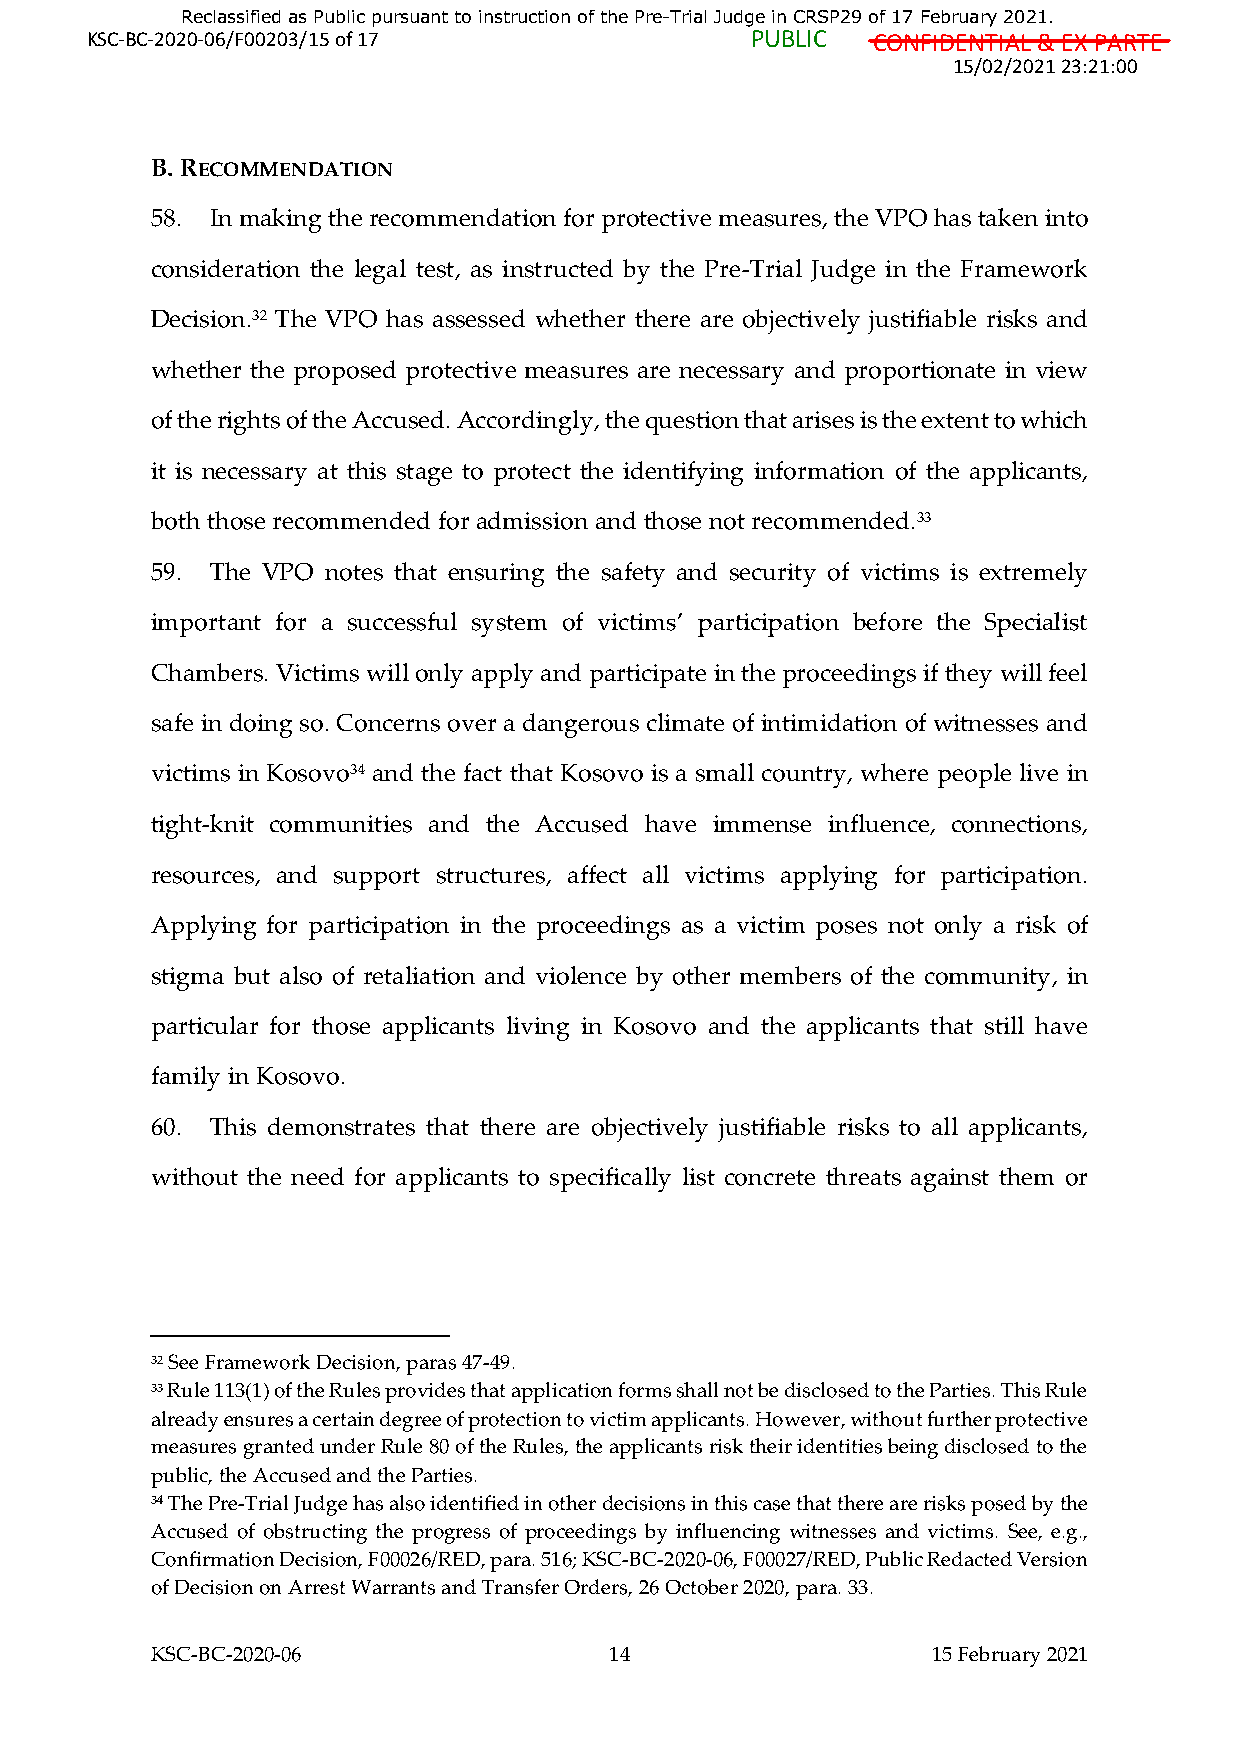
Reclassified as Public pursuant to instruction of the Pre-Trial Judge in CRSP29 of 17 February 2021.
 KSC-BC-2020-06/F00203/15 of 17              PUBLIC  CONFIDENTIAL & EX PARTE
 15/02/2021 23:21:00
 B. RECOMMENDATION
 58. In making the recommendation for protective measures, the VPO has taken into
 consideration the legal test, as instructed by the Pre-Trial Judge in the Framework
 Decision.32 The VPO has assessed whether there are objectively justifiable risks and
 whether the proposed protective measures are necessary and proportionate in view
 of the rights of the Accused. Accordingly, the question that arises is the extent to which
 it is necessary at this stage to protect the identifying information of the applicants,
 both those recommended for admission and those not recommended.33
 59. The VPO notes that ensuring the safety and security of victims is extremely
 important for a successful system of victims’ participation before the Specialist
 Chambers. Victims will only apply and participate in the proceedings if they will feel
 safe in doing so. Concerns over a dangerous climate of intimidation of witnesses and
 victims in Kosovo34 and the fact that Kosovo is a small country, where people live in
 tight-knit communities and the Accused have immense influence, connections,
 resources, and support structures, affect all victims applying for participation.
 Applying for participation in the proceedings as a victim poses not only a risk of
 stigma but also of retaliation and violence by other members of the community, in
 particular for those applicants living in Kosovo and the applicants that still have
 family in Kosovo.
 60. This demonstrates that there are objectively justifiable risks to all applicants,
 without the need for applicants to specifically list concrete threats against them or
 32 See Framework Decision, paras 47-49.
 33 Rule 113(1) of the Rules provides that application forms shall not be disclosed to the Parties. This Rule
 already ensures a certain degree of protection to victim applicants. However, without further protective
 measures granted under Rule 80 of the Rules, the applicants risk their identities being disclosed to the
 public, the Accused and the Parties.
 34 The Pre-Trial Judge has also identified in other decisions in this case that there are risks posed by the
 Accused of obstructing the progress of proceedings by influencing witnesses and victims. See, e.g.,
 Confirmation Decision, F00026/RED, para. 516; KSC-BC-2020-06, F00027/RED, Public Redacted Version
 of Decision on Arrest Warrants and Transfer Orders, 26 October 2020, para. 33.
 KSC-BC-2020-06                14                    15 February 2021